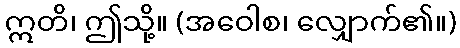
ဣတိ၊ ဤသို့။ (အဝေါစ၊ လျှောက်၏။)